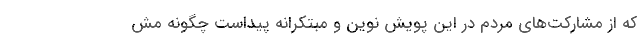
که از مشارکت‌های مردم در این پویش نوین و مبتکرانه پیداست چگونه مش